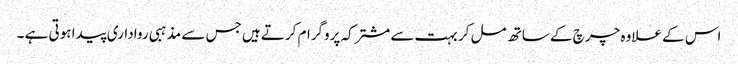
اس کے علاوہ چرچ کے ساتھ مل کر بہت سے مشترکہ پروگرام کرتے ہیں جس سے مذہبی رواداری پیدا ہوتی ہے ۔